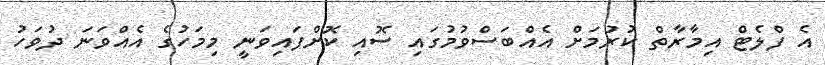
އެ ފްލެޓް އިމާރާތް ކުރުމަށް އެއްބަސްވުމުގައި ސޮއި ކޮށްފައިވަނީ މިމަހުގެ އެއްވަނަ ދުވަހު